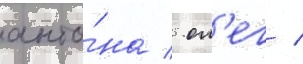
анто́на / ол'ег /